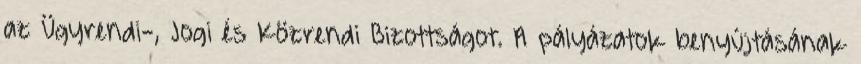
az Ügyrendi-, Jogi és Közrendi Bizottságot. A pályázatok benyújtásának